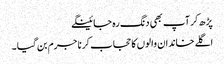
پڑھ کر آپ بھی دنگ رہ جائینگے
اگلے خاندان والوں کا حجاب کرنا جرم بن گیا ۔